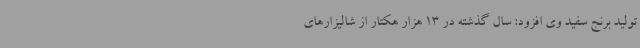
تولید برنج سفید وی افزود: سال گذشته در 13 هزار هکتار از شالیزارهای